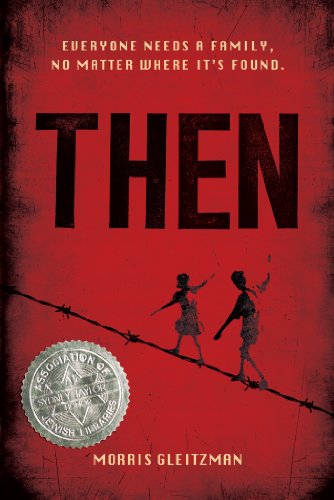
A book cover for Then (Once Series); Morris Gleitzman; Teen & Young Adult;